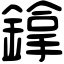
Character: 鎿